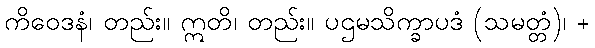
ကိဝေဒနံ၊ တည်း။ ဣတိ၊ တည်း။ ပဌမသိက္ခာပဒံ (သမတ္တံ)၊ +